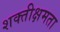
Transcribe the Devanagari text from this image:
शक्तीक्षमता